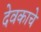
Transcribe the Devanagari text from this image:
देवकाचे